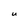
Character: U